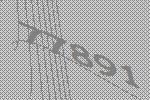
77891